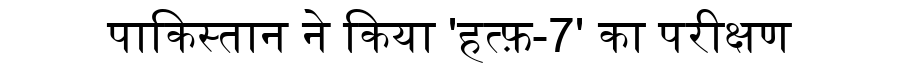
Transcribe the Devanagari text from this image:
पाकिस्तान ने किया 'हत्फ़-7' का परीक्षण